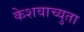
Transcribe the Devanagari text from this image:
केेशवाच्युता